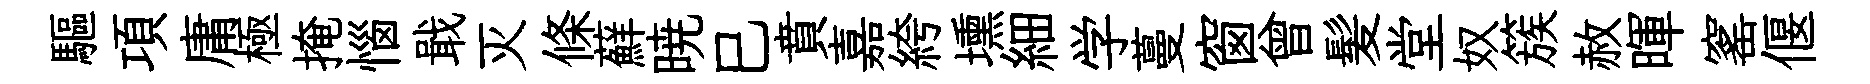
驅項庸極掩惱戢灭條蘚暁巳賁嘉絝壎細学蔓窗曾髪堂奴簇赦暉窰偃